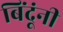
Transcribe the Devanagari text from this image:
बिंदूंनी